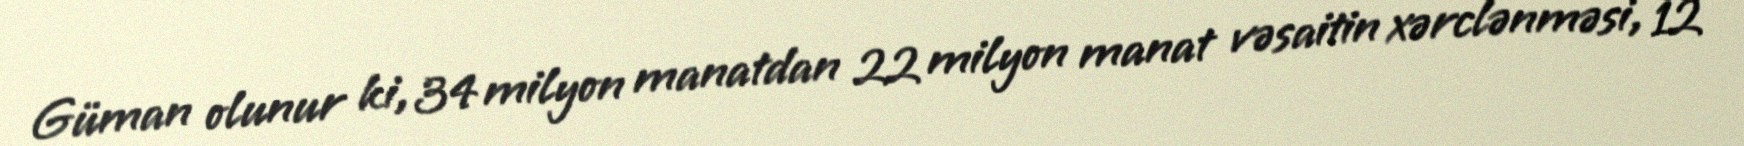
Güman olunur ki, 34 milyon manatdan 22 milyon manat vəsaitin xərclənməsi, 12